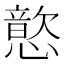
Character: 𫻎